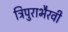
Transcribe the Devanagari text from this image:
त्रिपुराभैरवी